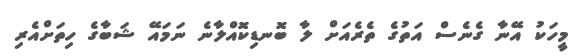
މީހަކު އޭނާ ގެނެސް އަތުގެ ތެރެއަށް ލާ ބޮނޑިކޮއްލާނެ ނަމައޭ ޝަބާގެ ހިތަށްއެރި